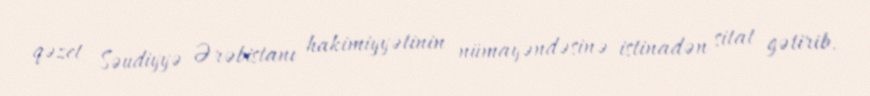
qəzet Səudiyyə Ərəbistanı hakimiyyətinin nümayəndəsinə istinadən sitat gətirib.